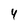
Character: 4